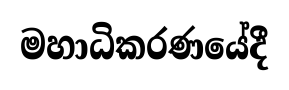
මහාධිකරණයේදී